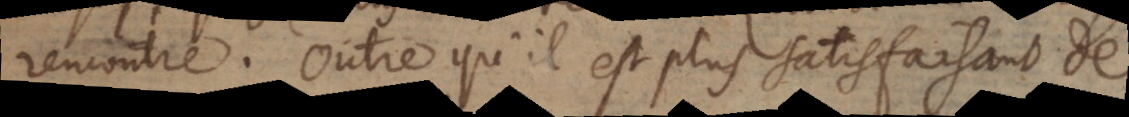
rencontre. Outre qu’il est plus satisfaisant de